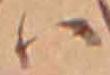
ハ